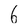
Character: 6